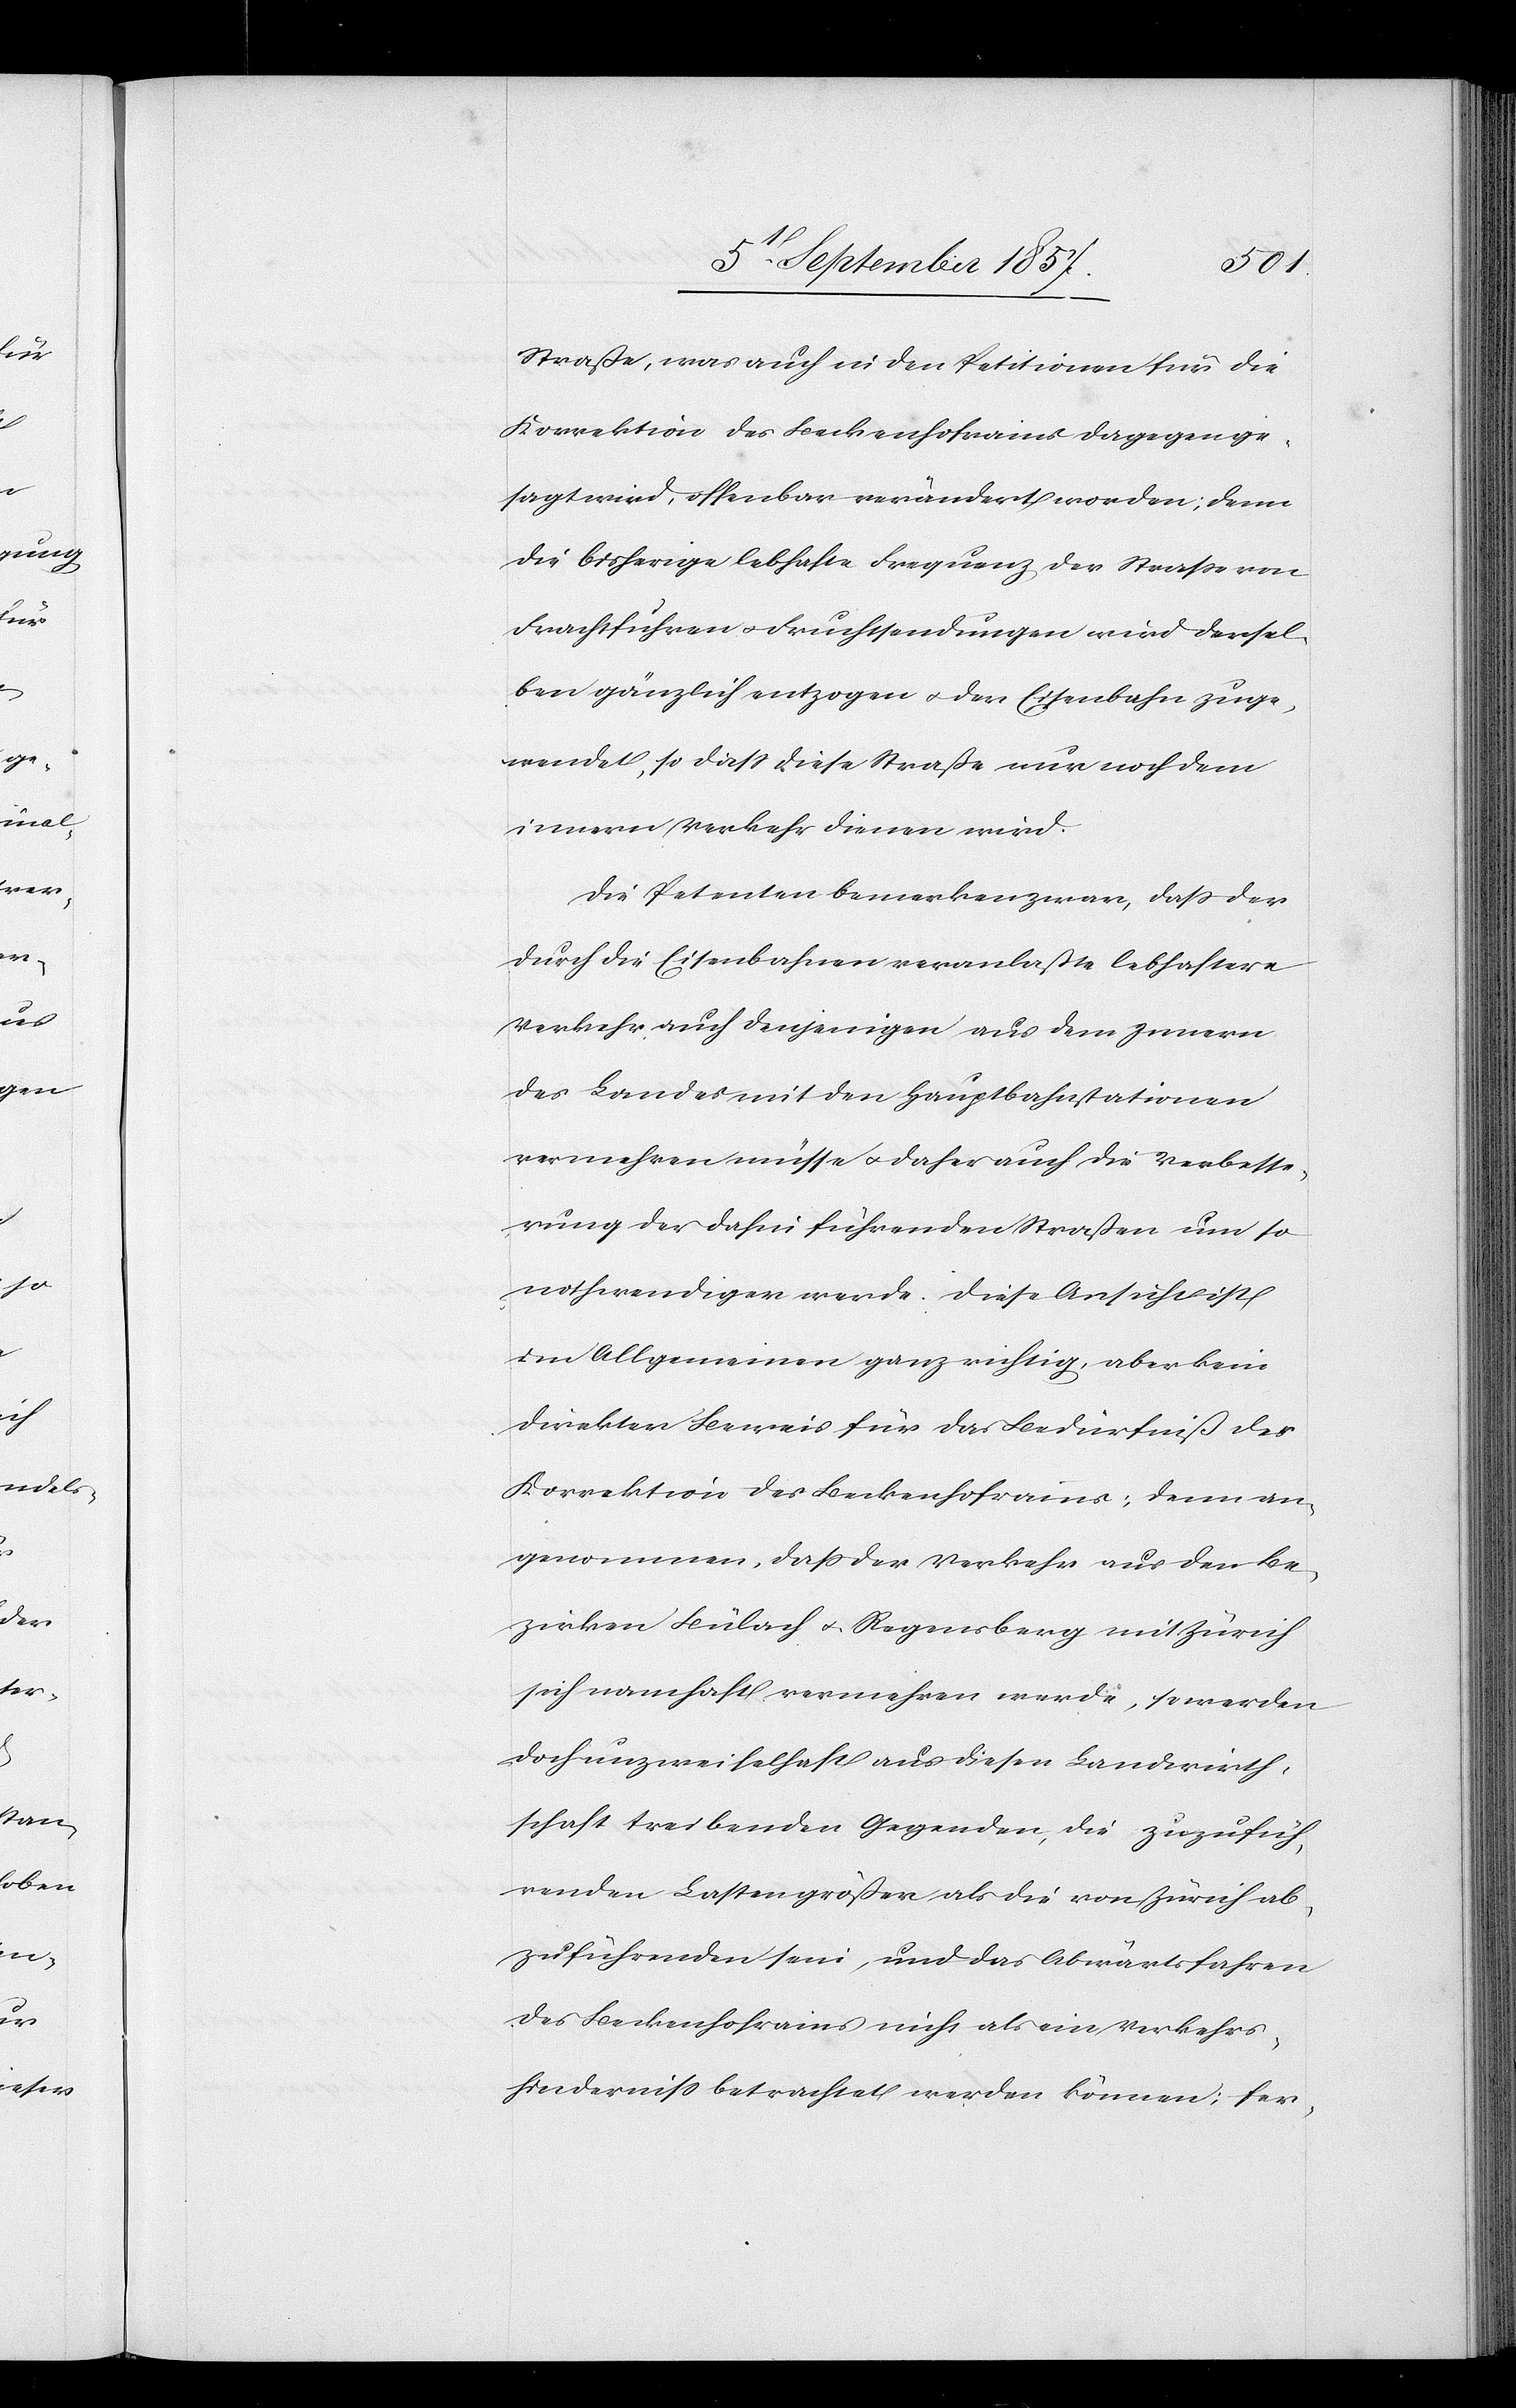
Straße, was auch in den Petitionen für die
Korrektion des Beckenhofraines dagegen ge¬
sagt wird, offenbar verändert worden, denn
die bisherige lebhafte Frequenz der Straße von
Frachtfuhren & Fruchtsendungen wird dersel¬
ben gänzlich entzogen & der Eisenbahn zuge¬
wendet, so daß diese Straße nur noch dem
innern Verkehr dienen wird.
Die Petenten bemerken zwar, daß der
durch die Eisenbahnen veranlaßte lebhaftere
Verkehr auch denjenigen aus dem Innern
des Landes mit den Hauptbahnstationen
vermehren müsse & daher auch die Verbesse¬
rung der dahin führenden Straßen um so
nothwendiger werde. Diese Ansicht ist
im Allgemeinen ganz richtig, aber kein
direkter Beweis für das Bedürfniß der
Korrektion des Beckenhofrains; denn an¬
genommen, daß der Verkehr aus den Be¬
zirken Bülach & Regensberg mit Zürich
sich namhaft vermehren werde, so werden
doch unzweifelhaft aus diesen Landwirth¬
schaft treibenden Gegenden, die zufüh¬
renden Lasten größer als die von Zürich ab¬
zuführenden sein, und das Abwärtsfahren
des Beckenhofrains nicht als ein Verkehrs¬
hinderniß betrachtet werden können; fer-